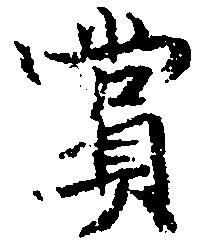
賞